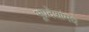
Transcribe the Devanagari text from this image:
भूप्रदेशांमधे